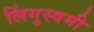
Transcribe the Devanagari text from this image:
लिंगुस्वमी